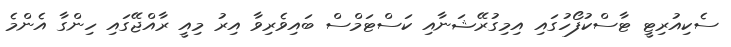
ސެކިއުރިޓީ ޓާސްކުފޯހުގައި އިމިގުރޭޝަނާއި ކަސްޓަމްސް ބައިވެރިވާ އިރު މިއީ ރާއްޖޭގައި ހިންގާ އެންމެ